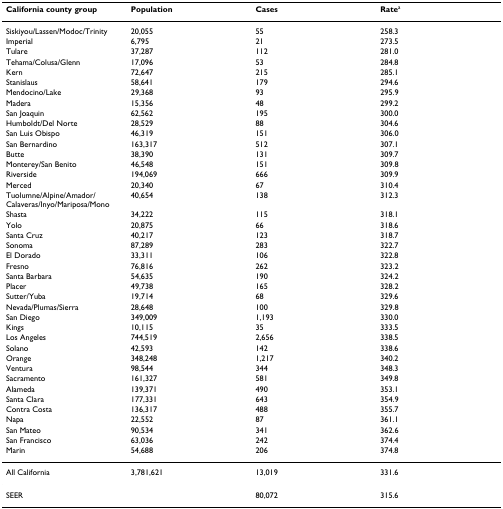
<table><thead><tr><td><b>California county group</b></td><td><b>Population</b></td><td><b>Cases</b></td><td><b>Rate<sup>a</sup></b></td></tr></thead><tbody><tr><td>Siskiyou/Lassen/Modoc/Trinity</td><td>20,055</td><td>55</td><td>258.3</td></tr><tr><td>Imperial</td><td>6,795</td><td>21</td><td>273.5</td></tr><tr><td>Tulare</td><td>37,287</td><td>112</td><td>281.0</td></tr><tr><td>Tehama/Colusa/Glenn</td><td>17,096</td><td>53</td><td>284.8</td></tr><tr><td>Kern</td><td>72,647</td><td>215</td><td>285.1</td></tr><tr><td>Stanislaus</td><td>58,641</td><td>179</td><td>294.6</td></tr><tr><td>Mendocino/Lake</td><td>29,368</td><td>93</td><td>295.9</td></tr><tr><td>Madera</td><td>15,356</td><td>48</td><td>299.2</td></tr><tr><td>San Joaquin</td><td>62,562</td><td>195</td><td>300.0</td></tr><tr><td>Humboldt/Del Norte</td><td>28,529</td><td>88</td><td>304.6</td></tr><tr><td>San Luis Obispo</td><td>46,319</td><td>151</td><td>306.0</td></tr><tr><td>San Bernardino</td><td>163,317</td><td>512</td><td>307.1</td></tr><tr><td>Butte</td><td>38,390</td><td>131</td><td>309.7</td></tr><tr><td>Monterey/San Benito</td><td>46,548</td><td>151</td><td>309.8</td></tr><tr><td>Riverside</td><td>194,069</td><td>666</td><td>309.9</td></tr><tr><td>Merced</td><td>20,340</td><td>67</td><td>310.4</td></tr><tr><td>Tuolumne/Alpine/Amador/Calaveras/Inyo/Mariposa/Mono</td><td>40,654</td><td>138</td><td>312.3</td></tr><tr><td>Shasta</td><td>34,222</td><td>115</td><td>318.1</td></tr><tr><td>Yolo</td><td>20,875</td><td>66</td><td>318.6</td></tr><tr><td>Santa Cruz</td><td>40,217</td><td>123</td><td>318.7</td></tr><tr><td>Sonoma</td><td>87,289</td><td>283</td><td>322.7</td></tr><tr><td>El Dorado</td><td>33,311</td><td>106</td><td>322.8</td></tr><tr><td>Fresno</td><td>76,816</td><td>262</td><td>323.2</td></tr><tr><td>Santa Barbara</td><td>54,635</td><td>190</td><td>324.2</td></tr><tr><td>Placer</td><td>49,738</td><td>165</td><td>328.2</td></tr><tr><td>Sutter/Yuba</td><td>19,714</td><td>68</td><td>329.6</td></tr><tr><td>Nevada/Plumas/Sierra</td><td>28,648</td><td>100</td><td>329.8</td></tr><tr><td>San Diego</td><td>349,009</td><td>1,193</td><td>330.0</td></tr><tr><td>Kings</td><td>10,115</td><td>35</td><td>333.5</td></tr><tr><td>Los Angeles</td><td>744,519</td><td>2,656</td><td>338.5</td></tr><tr><td>Solano</td><td>42,593</td><td>142</td><td>338.6</td></tr><tr><td>Orange</td><td>348,248</td><td>1,217</td><td>340.2</td></tr><tr><td>Ventura</td><td>98,544</td><td>344</td><td>348.3</td></tr><tr><td>Sacramento</td><td>161,327</td><td>581</td><td>349.8</td></tr><tr><td>Alameda</td><td>139,371</td><td>490</td><td>353.1</td></tr><tr><td>Santa Clara</td><td>177,331</td><td>643</td><td>354.9</td></tr><tr><td>Contra Costa</td><td>136,317</td><td>488</td><td>355.7</td></tr><tr><td>Napa</td><td>22,552</td><td>87</td><td>361.1</td></tr><tr><td>San Mateo</td><td>90,534</td><td>341</td><td>362.6</td></tr><tr><td>San Francisco</td><td>63,036</td><td>242</td><td>374.4</td></tr><tr><td>Marin</td><td>54,688</td><td>206</td><td>374.8</td></tr><tr><td>All California</td><td>3,781,621</td><td>13,019</td><td>331.6</td></tr><tr><td>SEER</td><td></td><td>80,072</td><td>315.6</td></tr></tbody></table>